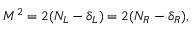
M ^ { 2 } = 2 ( N _ { L } - \delta _ { L } ) = 2 ( N _ { R } - \delta _ { R } ) ,